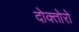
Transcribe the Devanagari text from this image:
दोक्तोरो